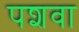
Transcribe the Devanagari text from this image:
पशवा